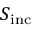
S _ { \mathrm { i n c } }